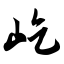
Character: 屹